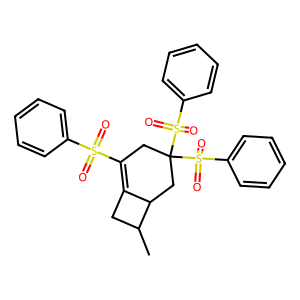
SMILES: CC1CC2=C(S(=O)(=O)c3ccccc3)CC(S(=O)(=O)c3ccccc3)(S(=O)(=O)c3ccccc3)CC21
Inhibits HIV replication: No